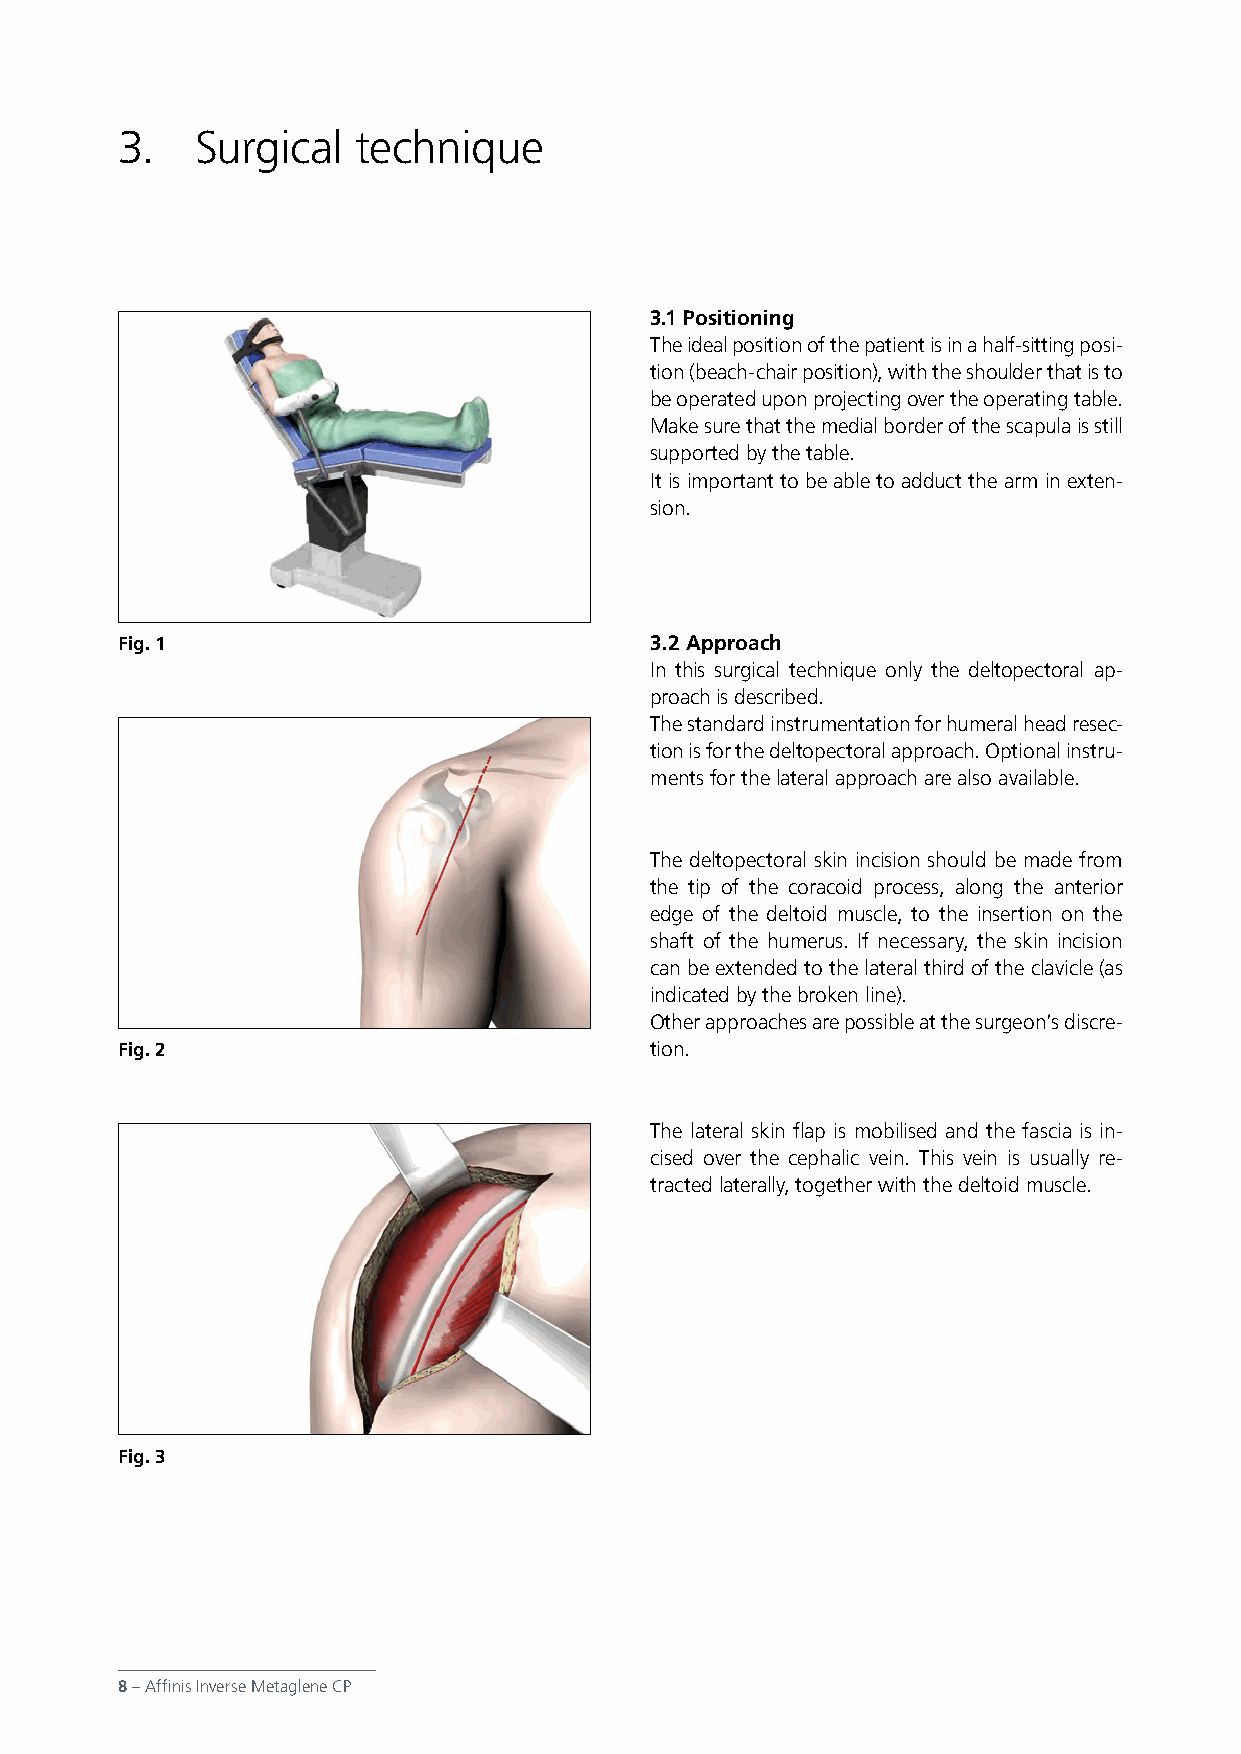
3.   Surgical   technique
 3.1 Positioning
 The ideal position of the patient is in a half-sitting posi-
 tion (beach-chair position), with the shoulder that is to
 be operated upon projecting over the operating table.
 Make sure that the medial border of the scapula is still
 supported by the table.
 It is important to be able to adduct the arm in exten-
 sion.
 Fig. 1                             3.2 Approach
 In this surgical technique only the deltopectoral ap-
 proach is described.
 The standard instrumentation for humeral head resec-
 tion is for the deltopectoral approach. Optional instru-
 ments for the lateral approach are also available.
 The deltopectoral skin incision should be made from
 the tip of the coracoid process, along the anterior
 edge of the deltoid muscle, to the insertion on the
 shaft of the humerus. If necessary, the skin incision
 can be extended to the lateral third of the clavicle (as
 indicated by the broken line).
 Other approaches are possible at the surgeon’s discre-
 Fig. 2                             tion.
 The lateral skin flap is mobilised and the fascia is in-
 cised over the cephalic vein. This vein is usually re-
 tracted laterally, together with the deltoid muscle.
 Fig. 3
 8 – Affinis Inverse Metaglene CP